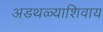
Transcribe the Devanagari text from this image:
अडथळ्याशिवाय